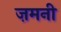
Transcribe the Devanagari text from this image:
ज़मनी